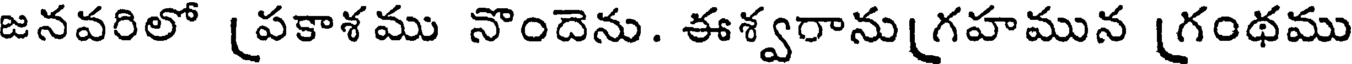
జనవరిలో (పకాశము నొందెను. ఈశ్వరాను[గహమున [గంథము